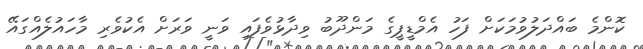
ކޮންމެ ބައްދަލުވުމަކަށް ފަހު އެމްޑީޕީގެ މަންދޫބު ވިދާޅުވެފައި ވަނީ ވަރަށް އެކުވެރި މާހައުލެއްގައޭ